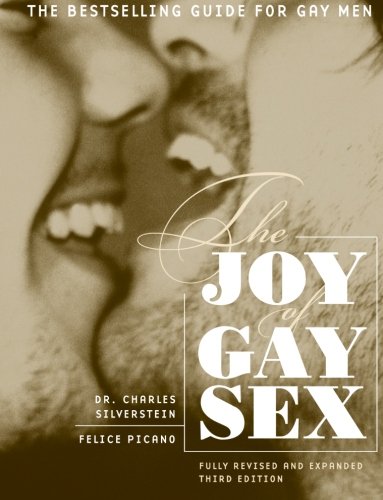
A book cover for The Joy of Gay Sex, Revised & Expanded Third Edition; Charles Silverstein; Gay & Lesbian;